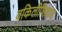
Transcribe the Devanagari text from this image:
वकिलीशिवाय